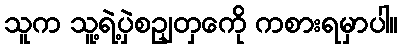
သူက သူ့ရဲ့ပှဲစဥျတှကေို ကစားရမှာပါ။